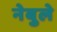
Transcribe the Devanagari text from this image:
नेबुले